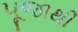
પૂજાથી